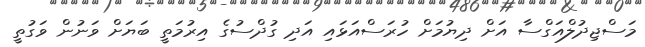
މަސްޖިދުލްއަގްސާ އަށް ދިޔުމަށް ހުރަސްއަޅައި އަދި ގުދްސުގެ އިރުމަތީ ބަޔަށް ވަނުން ވަގުތީ